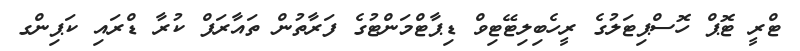
ޓްރީ ޓޮޕް ހޮސްޕިޓަލުގެ ރީހެބިލިޓޭޓިވް ޑިޕާޓްމަންޓުގެ ފަރާތުން ތައާރަފް ކުރާ ޑްރައި ކަޕިންގ